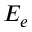
E _ { e }